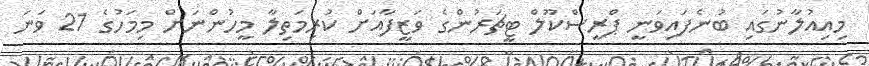
މިއިއުލާނުގައި ބުނެފައިވަނީ ޕްރީސްކޫލް ޓީޗަރުންގެ ވަޒީފާއަށް ކުރިމަތިލާ މީހުންނަށް މިމަހުގެ 21 ވަނަ